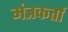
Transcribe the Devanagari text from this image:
मंत्रकर्ता